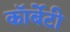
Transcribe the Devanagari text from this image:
कॉर्बेटी